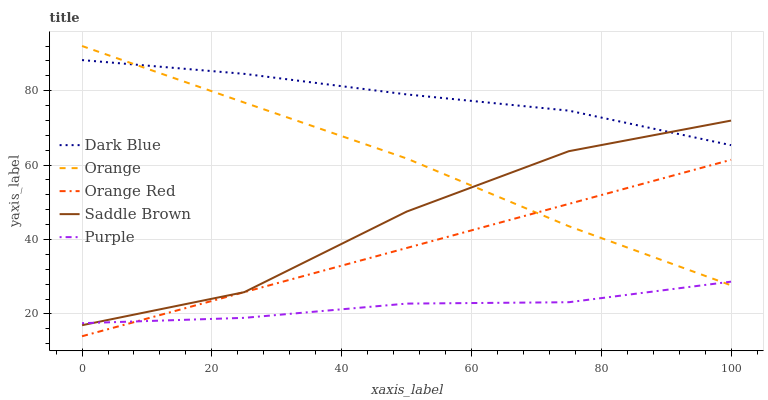
| xaxis_label | Dark Blue | Orange | Orange Red | Saddle Brown | Purple |
 | --- | --- | --- | --- | --- | --- |
 | 0 | 88.2 | 92 | 14 | 17 | 17.5 |
 | 25 | 84.5 | 76.8 | 25.9 | 25.9 | 18.9 |
 | 50 | 79 | 61.8 | 37.7 | 47.5 | 22.8 |
 | 75 | 74.6 | 43.6 | 49.6 | 63.7 | 23.1 |
 | 100 | 65.3 | 27.7 | 61.4 | 72 | 28.7 |